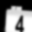
Digit: 4